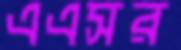
এএসর